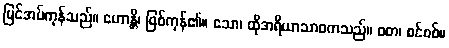
မြင်အပ်ကုန်သည်။ ဟောန္တိ၊ ဖြစ်ကုန်၏။ သော၊ ထိုအရိယာသာဝကသည်။ ဝတ၊ စင်စစ်။